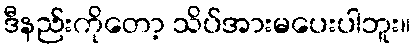
ဒီနည်းကိုတော့ သိပ်အားမပေးပါဘူး။